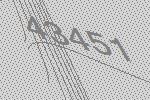
43451